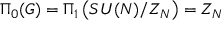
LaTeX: \Pi _ { 0 } ( { \cal G } ) = \Pi _ { 1 } \left( S U ( N ) / Z _ { N } \right) = Z _ { N }